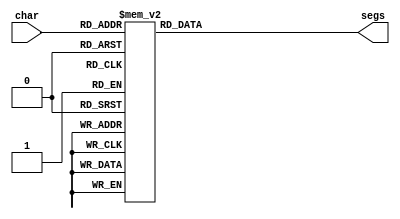
/*
   This file was generated automatically by the Mojo IDE version B1.3.6.
   Do not edit this file directly. Instead edit the original Lucid source.
   This is a temporary file and any changes made to it will be destroyed.
*/

module seven_seg_2 (
    input [4:0] char,
    output reg [7:0] segs
  );
  
  
  
  always @* begin
    
    case (char)
      1'h0: begin
        segs = 8'h3f;
      end
      1'h1: begin
        segs = 8'h06;
      end
      2'h2: begin
        segs = 8'h5b;
      end
      2'h3: begin
        segs = 8'h4f;
      end
      3'h4: begin
        segs = 8'h66;
      end
      3'h5: begin
        segs = 8'h6d;
      end
      3'h6: begin
        segs = 8'h7d;
      end
      3'h7: begin
        segs = 8'h07;
      end
      4'h8: begin
        segs = 8'h7f;
      end
      4'h9: begin
        segs = 8'h67;
      end
      4'ha: begin
        segs = 8'h77;
      end
      4'hb: begin
        segs = 8'h7c;
      end
      4'hc: begin
        segs = 8'h39;
      end
      4'hd: begin
        segs = 8'h5e;
      end
      4'he: begin
        segs = 8'h79;
      end
      4'hf: begin
        segs = 8'h71;
      end
      5'h10: begin
        segs = 8'h3d;
      end
      5'h11: begin
        segs = 8'h36;
      end
      5'h12: begin
        segs = 8'h04;
      end
      5'h13: begin
        segs = 8'h73;
      end
      5'h14: begin
        segs = 8'h38;
      end
      5'h15: begin
        segs = 8'h50;
      end
      5'h16: begin
        segs = 8'h54;
      end
      default: begin
        segs = 8'h00;
      end
    endcase
  end
endmodule